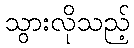
သွားလိုသည့်